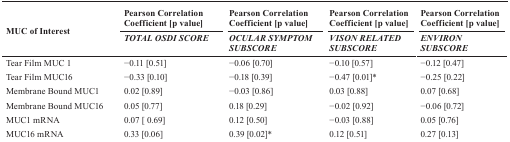
| <ROWSPAN=2> MUC of Interest | Pearson Correlation Coefficient [p value] | Pearson Correlation Coefficient [p value] | Pearson Correlation Coefficient [p value] | Pearson Correlation Coefficient [p value] |
 | TOTAL OSDI SCORE | OCULAR SYMPTOM SUBSCORE | VISON RELATED SUBSCORE | ENVIRON SUBSCORE |
 | --- | --- | --- | --- | --- |
 | Tear Film MUC 1 | −0.11 [0.51] | −0.06 [0.70] | −0.10 [0.57] | −0.12 [0.47] |
 | Tear Film MUC16 | −0.33 [0.10] | −0.18 [0.39] | −0.47 [0.01]* | −0.25 [0.22] |
 | Membrane Bound MUC1 | 0.02 [0.89] | −0.03 [0.86] | 0.03 [0.88] | 0.07 [0.68] |
 | Membrane Bound MUC16 | 0.05 [0.77] | 0.18 [0.29] | −0.02 [0.92] | −0.06 [0.72] |
 | MUC1 mRNA | 0.07 [ 0.69] | 0.12 [0.50] | −0.03 [0.88] | 0.05 [0.76] |
 | MUC16 mRNA | 0.33 [0.06] | 0.39 [0.02]* | 0.12 [0.51] | 0.27 [0.13] |